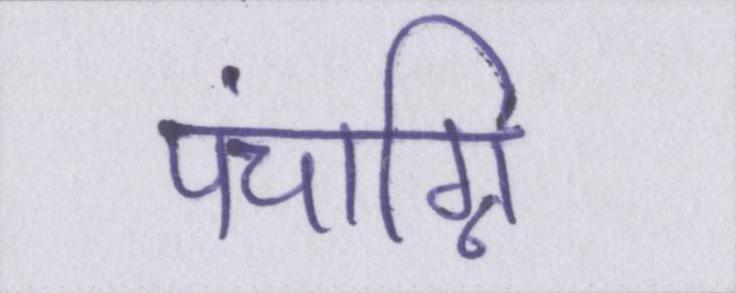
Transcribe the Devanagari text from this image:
पंचाग्नि